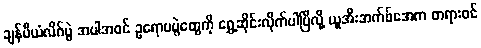
ချန်ပီယံလိဂ်ပွဲ အပါအဝင် ဥရောပပွဲတွေကို ရွှေ့ဆိုင်းလိုက်ပါပြီလို့ ယူအီးအက်ဖ်အေက တရားဝင်